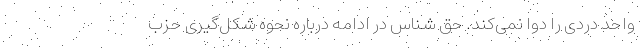
واحد دردی را دوا نمی‌کند. حق شناس در ادامه درباره نحوه شکل‌گیری حزب